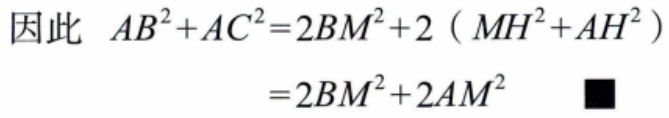
因此 \(AB^{2}+AC^{2}=2BM^{2}+2\left(MH^{2}+AH^{2}\right)\)
\(=2BM^{2}+2AM^{2}\) ■